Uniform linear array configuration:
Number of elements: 12
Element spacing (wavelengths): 1
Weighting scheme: exponential
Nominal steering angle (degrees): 0
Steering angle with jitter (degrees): -0.2023
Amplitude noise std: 0.05
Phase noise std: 0.05

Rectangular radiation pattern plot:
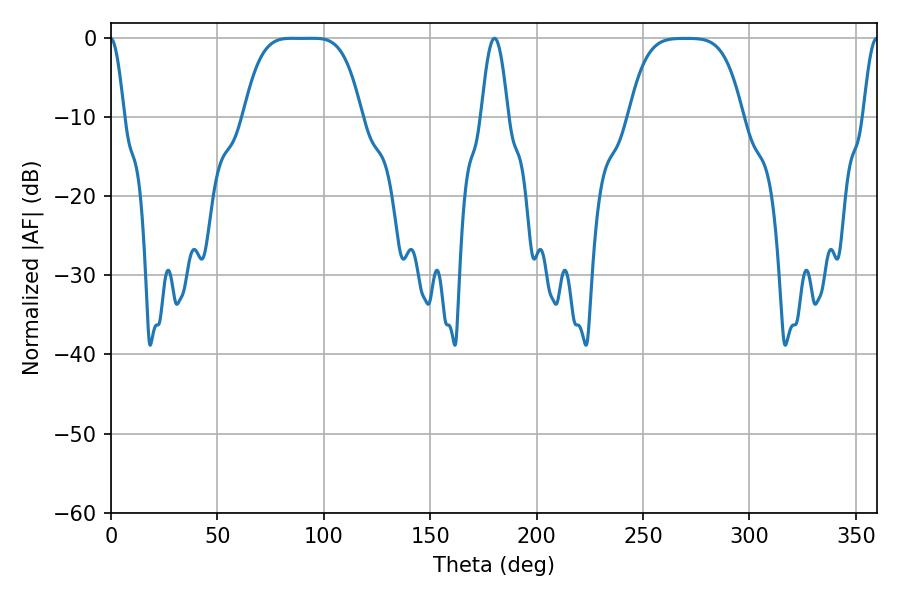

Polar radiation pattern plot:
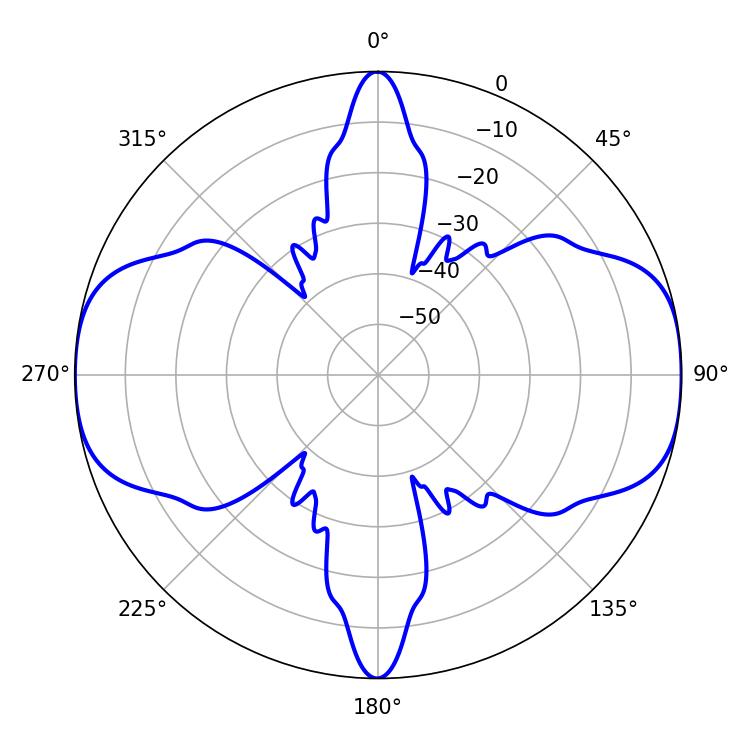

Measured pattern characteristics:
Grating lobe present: TRUE
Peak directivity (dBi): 16.291
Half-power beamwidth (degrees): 41.4
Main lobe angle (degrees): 84.96